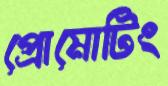
প্রোমোটিং